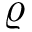
\varrho